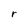
Character: r